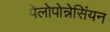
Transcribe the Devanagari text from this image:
पेलोपोन्नेसिंयन